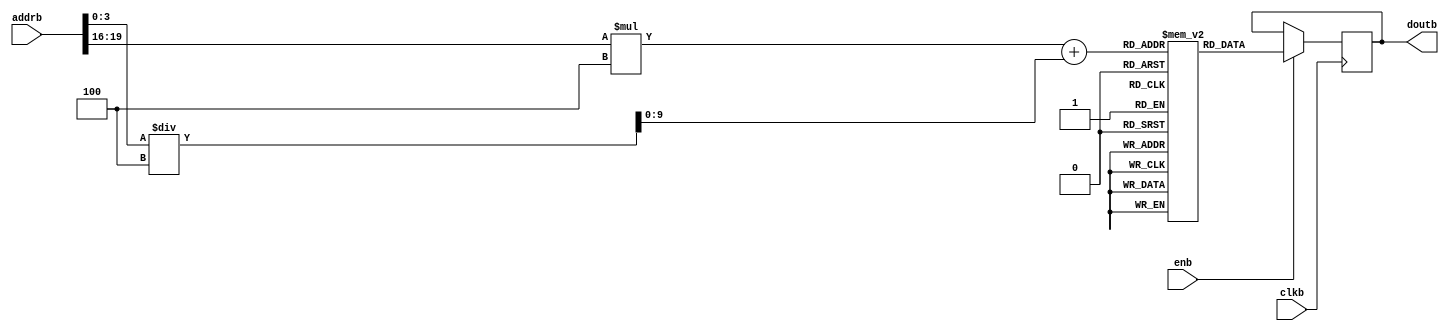
module iCache (
    input        clkb,       //ʱ
    input [31:0] addrb,      //ַָ
    input        enb,        //ʹź
    output [31:0] doutb      //ָ
);

    parameter I_SIZE = 4096;         // iCacheС
    parameter LINE_SIZE = 16;        // iCacheдС
    parameter LINE_COUNT = I_SIZE/LINE_SIZE; //

    reg [31:0] icache [0:LINE_COUNT-1][0:LINE_SIZE/4-1]; //
    reg [9:0]  tag;                 //
    reg [3:0]  index;               //
    reg [3:0]  offset;              //ƫ

    always @(posedge clkb) begin
        if(enb) begin
            tag    = addrb[31:20];
            index  = addrb[19:16];
            offset = addrb[15:0];

            doutb <= icache[index][offset/4];
        end
    end

endmodule